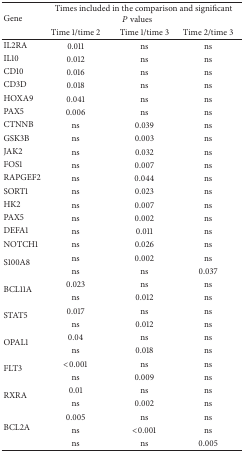
| <ROWSPAN=2> Gene | <COLSPAN=3> Times included in the comparison and significantP values |
 | Time 1/time 2 | Time 1/time 3 | Time 2/time 3 |
 | --- | --- | --- | --- |
 | IL2RA | 0.011 | ns | ns |
 | IL10 | 0.012 | ns | ns |
 | CD10 | 0.016 | ns | ns |
 | CD3D | 0.018 | ns | ns |
 | HOXA9 | 0.041 | ns | ns |
 | PAX5 | 0.006 | ns | ns |
 | CTNNB | ns | 0.039 | ns |
 | GSK3B | ns | 0.003 | ns |
 | JAK2 | ns | 0.032 | ns |
 | FOS1 | ns | 0.007 | ns |
 | RAPGEF2 | ns | 0.044 | ns |
 | SORT1 | ns | 0.023 | ns |
 | HK2 | ns | 0.007 | ns |
 | PAX5 | ns | 0.002 | ns |
 | DEFA1 | ns | 0.011 | ns |
 | NOTCH1 | ns | 0.026 | ns |
 | <ROWSPAN=2> S100A8 | ns | 0.002 | ns |
 | ns | ns | 0.037 |
 | <ROWSPAN=2> BCL11A | 0.023 | ns | ns |
 | ns | 0.012 | ns |
 | <ROWSPAN=2> STAT5 | 0.017 | ns | ns |
 | ns | 0.012 | ns |
 | <ROWSPAN=2> OPAL1 | 0.04 | ns | ns |
 | ns | 0.018 | ns |
 | <ROWSPAN=2> FLT3 | <0.001 | ns | ns |
 | ns | 0.009 | ns |
 | <ROWSPAN=2> RXRA | 0.01 | ns | ns |
 | ns | 0.002 | ns |
 | <ROWSPAN=3> BCL2A | 0.005 | ns | ns |
 | ns | <0.001 | ns |
 | ns | ns | 0.005 |